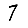
Digit: 7